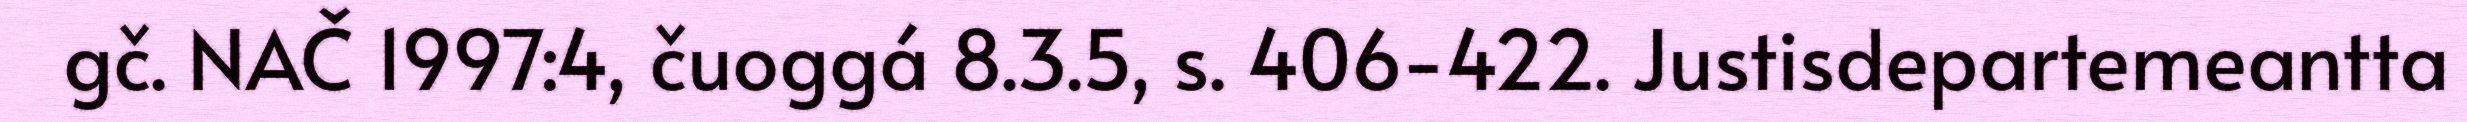
gč. NAČ 1997:4, čuoggá 8.3.5, s. 406-422. Justisdepartemeantta